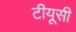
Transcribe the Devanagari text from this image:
टीयूसी